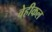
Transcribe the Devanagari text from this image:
वेहीकल